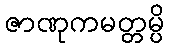
ဇာဏုကမတ္တမ္ပိ